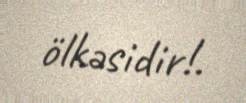
ölkəsidir!.